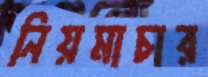
নিয়মাচার